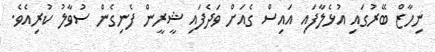
ނިހާޒް ބޭރުގައި އުޅެލާފައި އައިސް ގެއަށް ވަދެފައި ޝީރީން ފެނިގެން ސުވާލު ކުރިއެވެ.